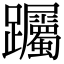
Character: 䠱